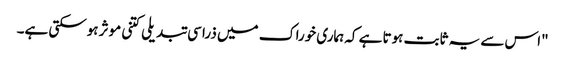
"اس سے یہ ثابت ہوتا ہے کہ ہماری خوراک میں ذرا سی تبدیلی کتنی موثر ہوسکتی ہے۔